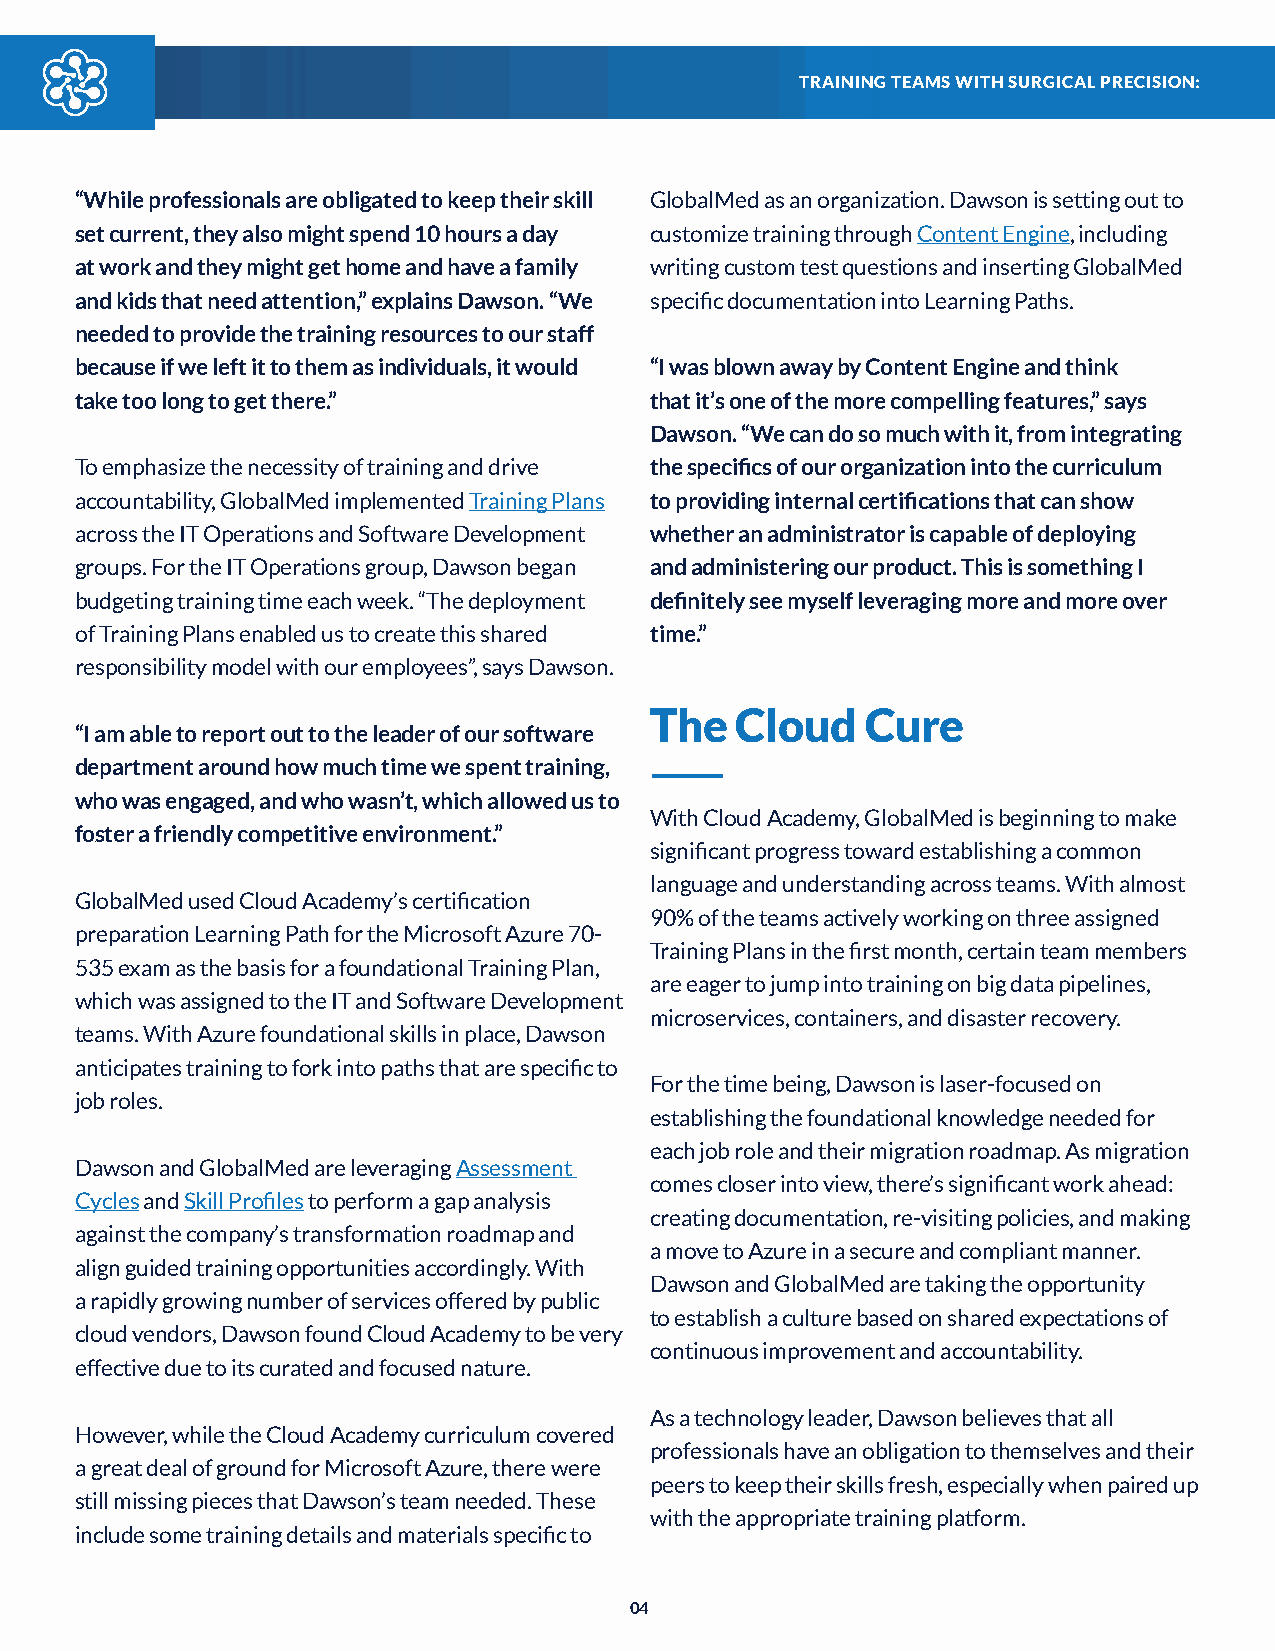
TRAINING TEAMS WITH SURGICAL PRECISION:
 “While professionals are obligated to keep their skill GlobalMed as an organization. Dawson is setting out to
 set current, they also might spend 10 hours a day customize training through Content Engine, including
 at work and they might get home and have a family writing custom test questions and inserting GlobalMed
 and kids that need attention,” explains Dawson. “We specific documentation into Learning Paths.
 needed to provide the training resources to our staff
 because if we left it to them as individuals, it would “I was blown away by Content Engine and think
 take too long to get there.”          that it’s one of the more compelling features,” says
 Dawson. “We can do so much with it, from integrating
 To emphasize the necessity of training and drive the specifics of our organization into the curriculum
 accountability, GlobalMed implemented Training Plans to providing internal certifications that can show
 across the IT Operations and Software Development whether an administrator is capable of deploying
 groups. For the IT Operations group, Dawson began and administering our product. This is something I
 budgeting training time each week. “The deployment definitely see myself leveraging more and more over
 of Training Plans enabled us to create this shared time.”
 responsibility model with our employees”, says Dawson.
 The   Cloud   Cure
 “I am able to report out to the leader of our software
 department around how much time we spent training,
 who was engaged, and who wasn’t, which allowed us to
 With Cloud Academy, GlobalMed is beginning to make
 foster a friendly competitive environment.”
 significant progress toward establishing a common
 language and understanding across teams. With almost
 GlobalMed used Cloud Academy’s certification
 90% of the teams actively working on three assigned
 preparation Learning Path for the Microsoft Azure 70-
 Training Plans in the first month, certain team members
 535 exam as the basis for a foundational Training Plan,
 are eager to jump into training on big data pipelines,
 which was assigned to the IT and Software Development
 microservices, containers, and disaster recovery.
 teams. With Azure foundational skills in place, Dawson
 anticipates training to fork into paths that are specific to
 For the time being, Dawson is laser-focused on
 job roles.
 establishing the foundational knowledge needed for
 each job role and their migration roadmap. As migration
 Dawson and GlobalMed are leveraging Assessment
 comes closer into view, there’s significant work ahead:
 Cycles and Skill Profiles to perform a gap analysis
 creating documentation, re-visiting policies, and making
 against the company’s transformation roadmap and
 a move to Azure in a secure and compliant manner.
 align guided training opportunities accordingly. With
 Dawson and GlobalMed are taking the opportunity
 a rapidly growing number of services offered by public
 to establish a culture based on shared expectations of
 cloud vendors, Dawson found Cloud Academy to be very
 continuous improvement and accountability.
 effective due to its curated and focused nature.
 As a technology leader, Dawson believes that all
 However, while the Cloud Academy curriculum covered
 professionals have an obligation to themselves and their
 a great deal of ground for Microsoft Azure, there were
 peers to keep their skills fresh, especially when paired up
 still missing pieces that Dawson’s team needed. These
 with the appropriate training platform.
 include some training details and materials specific to
 04